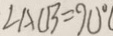
\angle A C B = 9 0 ^ { \circ } (